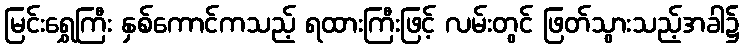
မြင်းရွှေကြီး နှစ်ကောင်ကသည့် ရထားကြီးဖြင့် လမ်းတွင် ဖြတ်သွားသည့်အခါ၌